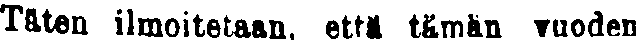
Täten ilmoitetaan, että tämän vuoden